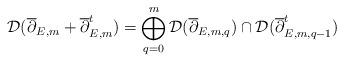
LaTeX: \begin{align*}\mathcal{D}(\overline{\partial}_{E,m}+\overline{\partial}_{E,m}^t)=\bigoplus_{q=0}^{m}\mathcal{D}({\overline{\partial}_{E,m,q}})\cap\mathcal{D}({\overline{\partial}^t_{E,m,q-1}})\end{align*}